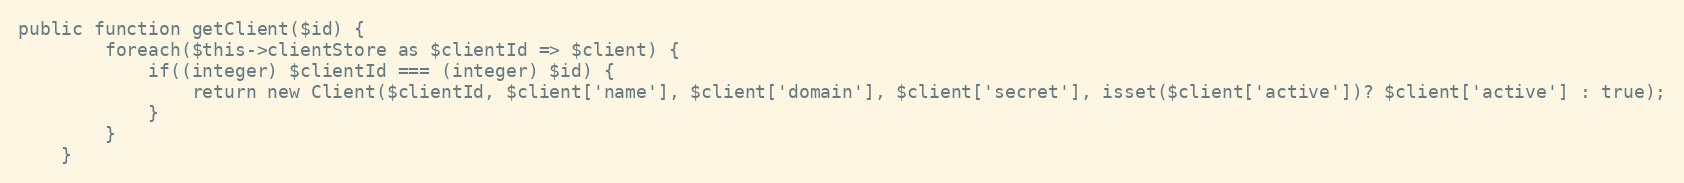
Language: PHP
public function getClient($id) {
        foreach($this->clientStore as $clientId => $client) {
            if((integer) $clientId === (integer) $id) {
                return new Client($clientId, $client['name'], $client['domain'], $client['secret'], isset($client['active'])? $client['active'] : true);
            }
        }
    }